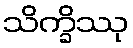
သိက္ခိဿု